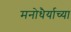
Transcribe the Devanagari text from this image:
मनोधैर्याच्या